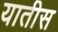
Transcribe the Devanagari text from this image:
यातीस